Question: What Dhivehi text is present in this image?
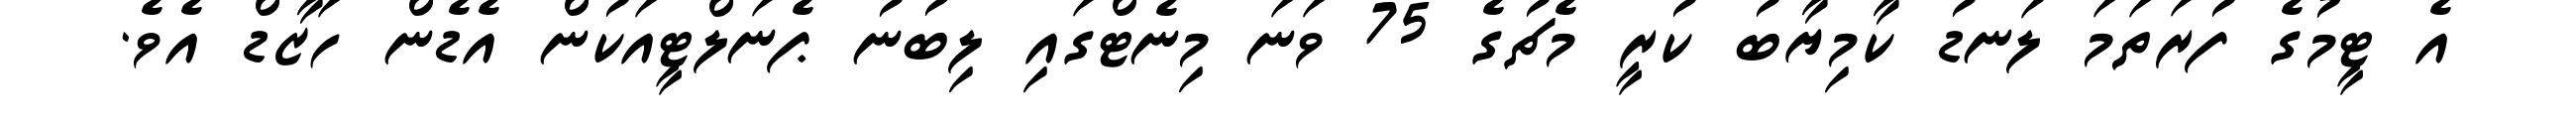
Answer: އެ ޓީމުގެ ފުރަތަމަ ލަނޑު ކާމިޔާބު ކުރީ މެޗުގެ 75 ވަނަ މިނެޓްގައި ލިބުނު ޕެނަލްޓީއަކުން އެޑެން ހަޒާޑް އެވެ.